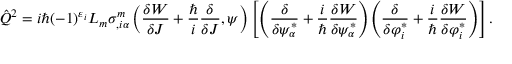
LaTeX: \hat { Q } ^ { 2 } = i \hbar ( - 1 ) ^ { \varepsilon _ { i } } L _ { m } \sigma _ { , i \alpha } ^ { m } \left( \frac { \delta W } { \delta { \cal J } } + \frac { \hbar } { i } \frac { \delta } { \delta { \cal J } } , \psi \right) \left[ \left( \frac { \delta } { \delta \psi _ { \alpha } ^ { * } } + \frac { i } { \hbar } \frac { \delta { \cal W } } { { \delta \psi _ { \alpha } ^ { * } } } \right) \! \left( \frac { \delta } { \delta \varphi _ { i } ^ { * } } + \frac { i } { \hbar } \frac { \delta { \cal W } } { { \delta \varphi _ { i } ^ { * } } } \right) \right] .